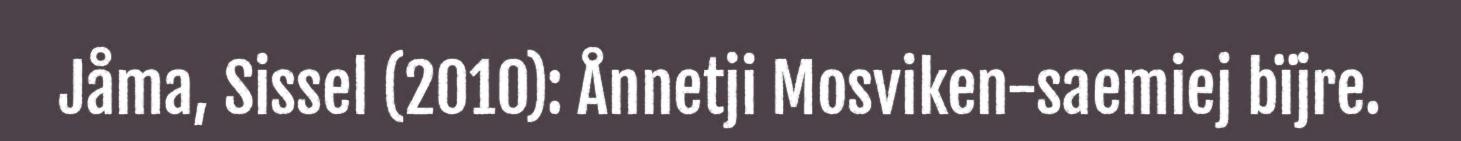
Jåma, Sissel (2010): Ånnetji Mosviken-saemiej bïjre.